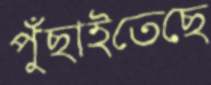
পুঁছাইতেছে